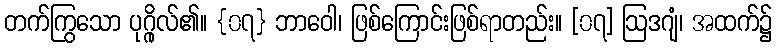
တက်ကြွသော ပုဂ္ဂိုလ်၏။ {၀၇} ဘာဝေါ၊ ဖြစ်ကြောင်းဖြစ်ရာတည်း။ [၀၇] ဩဒဂျံ၊ အထက်၌